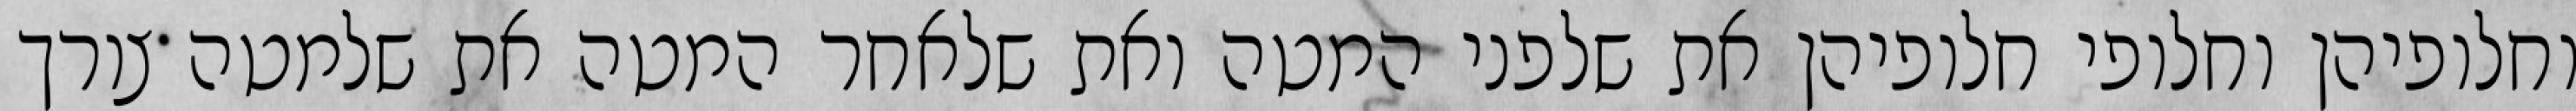
וחלופיהן וחלופי חלופיהן את שלפני המטה ואת שלאחר המטה את שלמטה צורך